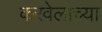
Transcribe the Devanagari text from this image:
करवेलाच्या